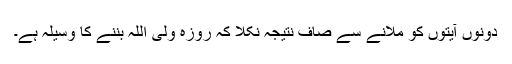
دونوں آیتوں کو ملانے سے صاف نتیجہ نکلا کہ روزہ ولی اللہ بننے کا وسیلہ ہے۔